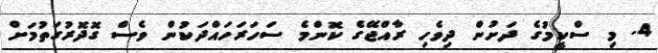
4. މި ސްކީމުގެ ދަށުން ދިވެހި ރާއްޖޭގެ ކޮންމެ ސަހަރަހައްދަކުން ވެސް ގޮދޮރުގަތުމަށް